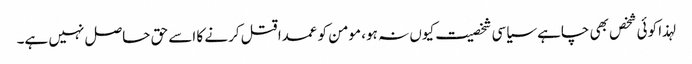
لہذا کوئی شخص بھی چاہے سیاسی شخصیت کیوں نہ ہو، مومن کو عمدا قتل کرنے کا اسے حق حاصل نہیں ہے۔